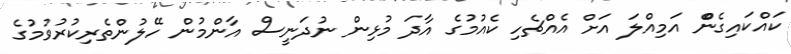
ކައްކައިގެންް އަމިއްލަ އަށް އެއްޗެހި ކެއުމުގެ އާދަ މުޅިން ނުދަނީސް އާންމުން ހޭލުންތެރިކުރުވުމުގެ